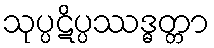
သုပ္ပဋိပ္ပဿဒ္ဓတ္တာ